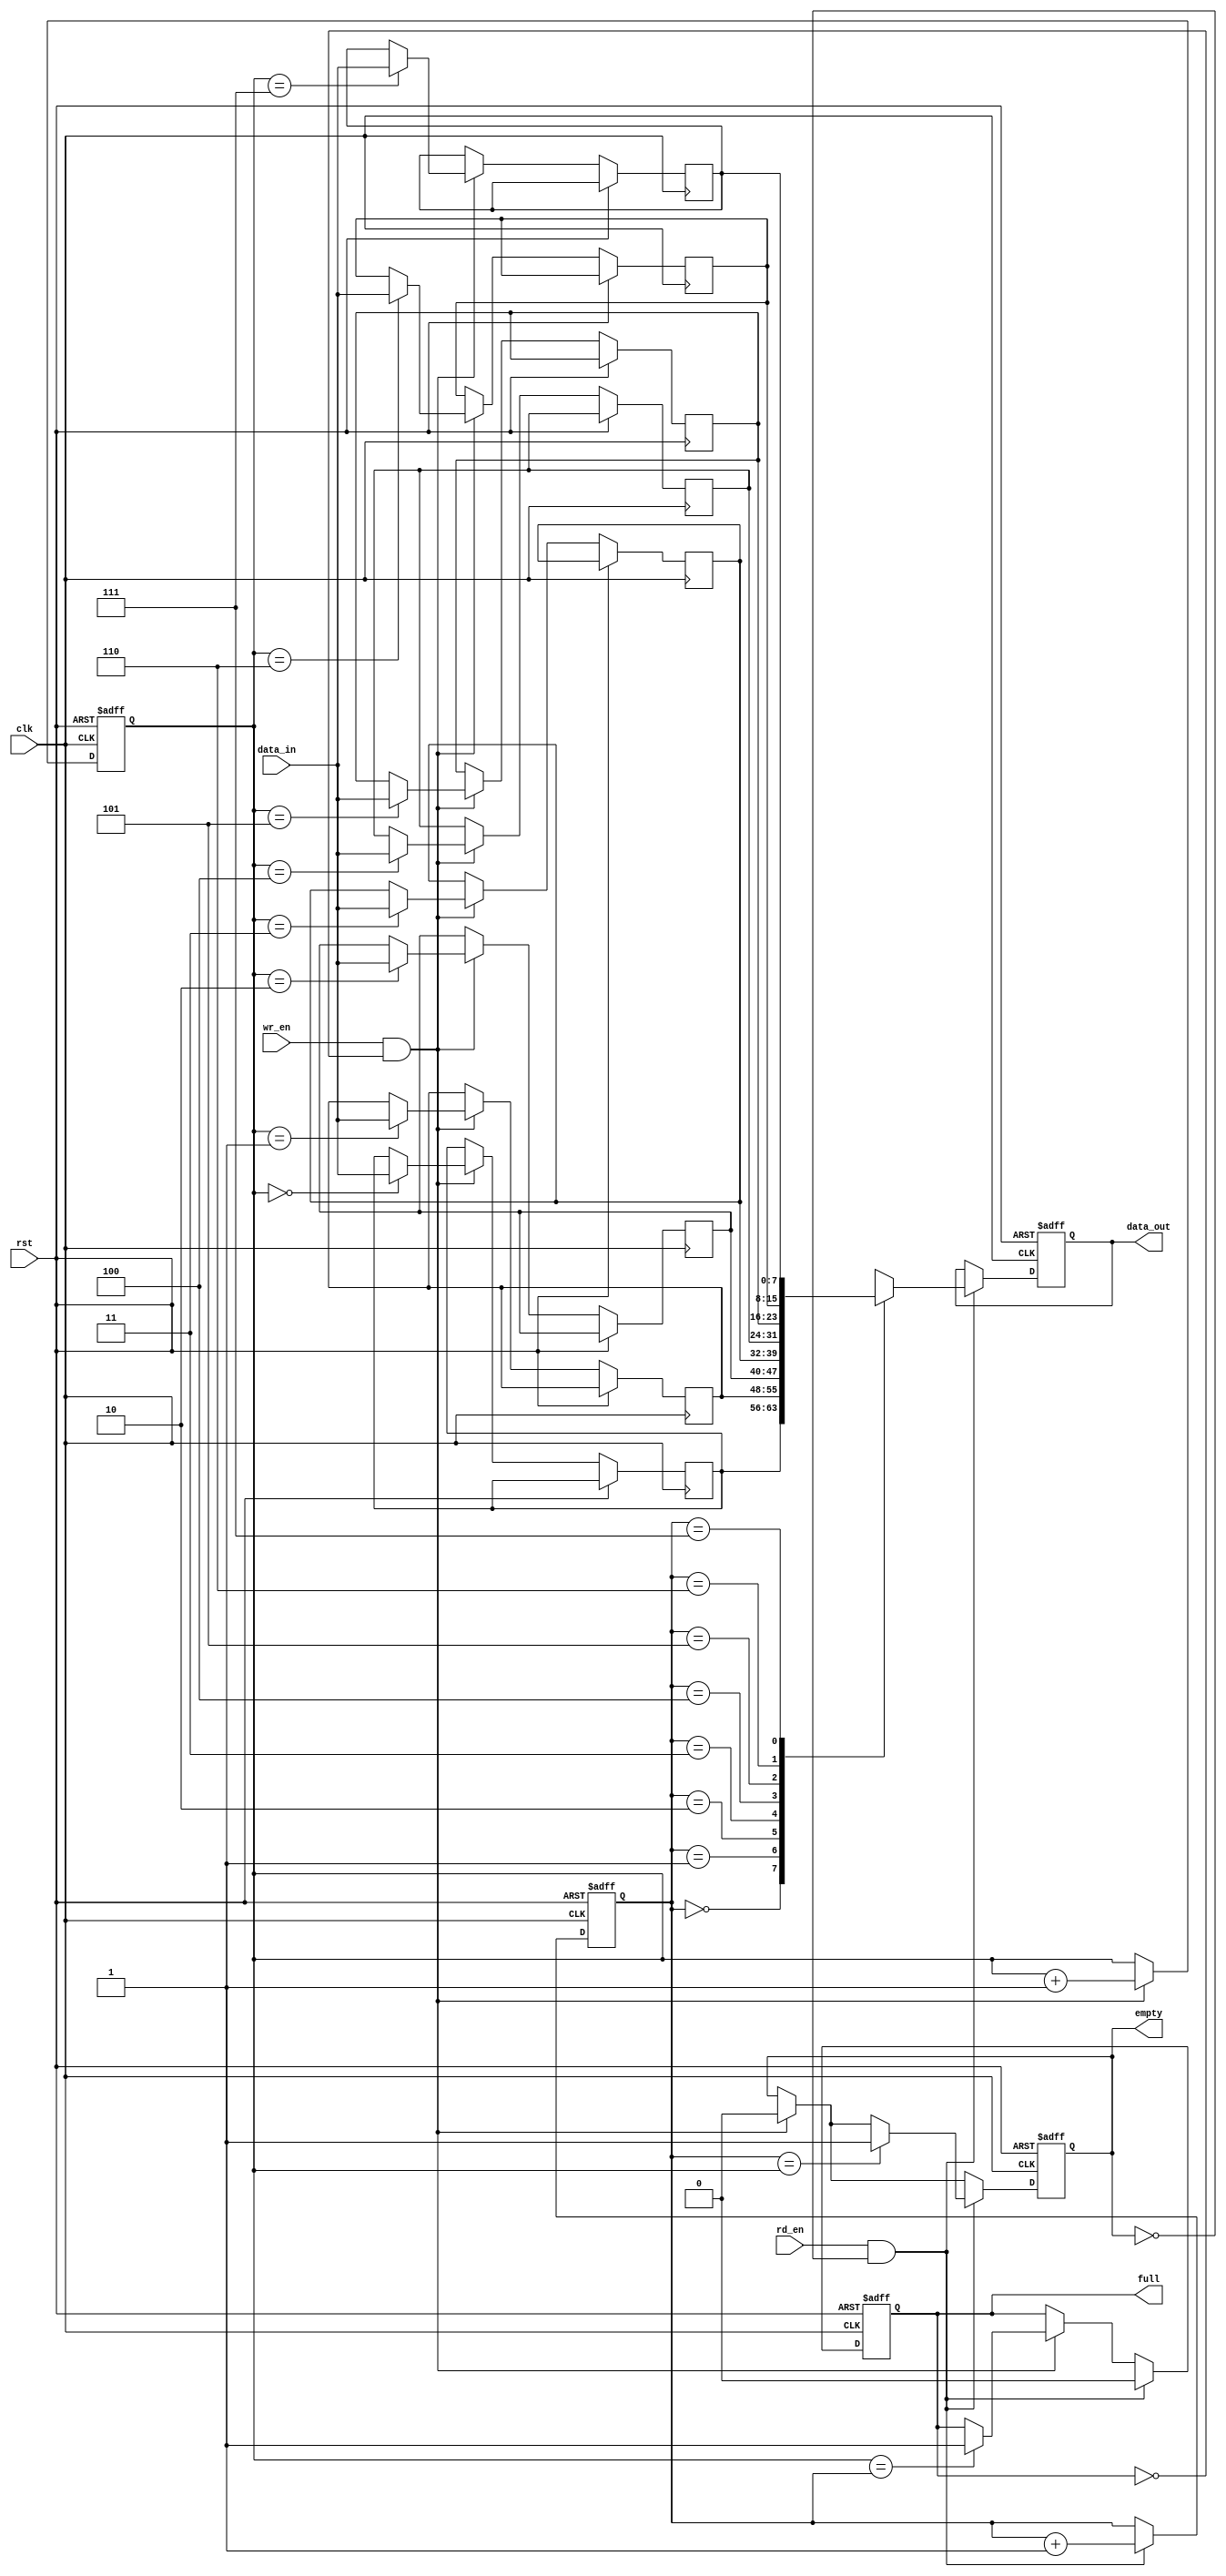
module async_fifo (
    input wire clk,
    input wire rst,
    input wire wr_en,
    input wire rd_en,
    input wire [7:0] data_in,
    output reg [7:0] data_out,
    output reg empty,
    output reg full
);

reg [7:0] fifo [0:7]; // FIFO buffer with 8 locations
reg [2:0] wr_ptr = 3'b000;
reg [2:0] rd_ptr = 3'b000;

always @ (posedge clk or posedge rst) begin
    if (rst) begin
        // Reset FIFO and pointers
        wr_ptr <= 3'b000;
        rd_ptr <= 3'b000;
        empty <= 1;
        full <= 0;
        data_out <= 8'b0;
    end else begin
        // Write data into FIFO
        if (wr_en && !full) begin
            fifo[wr_ptr] <= data_in;
            wr_ptr <= wr_ptr + 1;
            empty <= 0;
            if (wr_ptr == rd_ptr)
                full <= 1;
        end
        
        // Read data from FIFO
        if (rd_en && !empty) begin
            data_out <= fifo[rd_ptr];
            rd_ptr <= rd_ptr + 1;
            full <= 0;
            if (rd_ptr == wr_ptr)
                empty <= 1;
        end
    end
end

endmodule